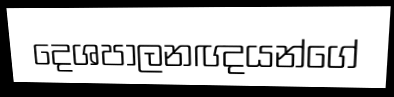
දෙශපාලනඥයන්ගේ